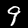
Digit: 9